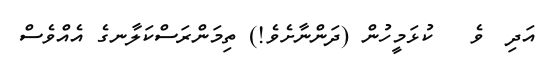
އަދި  ވެ   ކުޅަމީހުން (ދަންނާށެވެ!) ތިމަންރަސްކަލާނގެ އެއްވެސް